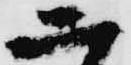
二